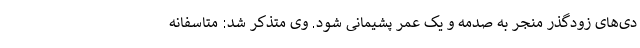
دی‌های زودگذر منجر به صدمه و یک عمر پشیمانی شود. وی متذکر شد: متاسفانه